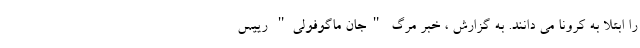
را ابتلا به کرونا می دانند. به گزارش ، خبر مرگ "جان ماگوفولی" رییس